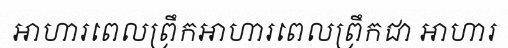
អាហារពេលព្រឹកអាហារពេលព្រឹកជា អាហារ